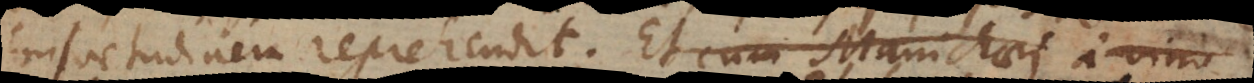
consuetudinem reprehendit. Et cum Manichaei a vino